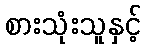
စားသုံးသူနှင့်